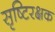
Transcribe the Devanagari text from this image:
सृष्टिरक्षक